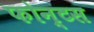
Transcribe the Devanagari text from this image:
फोन्टस